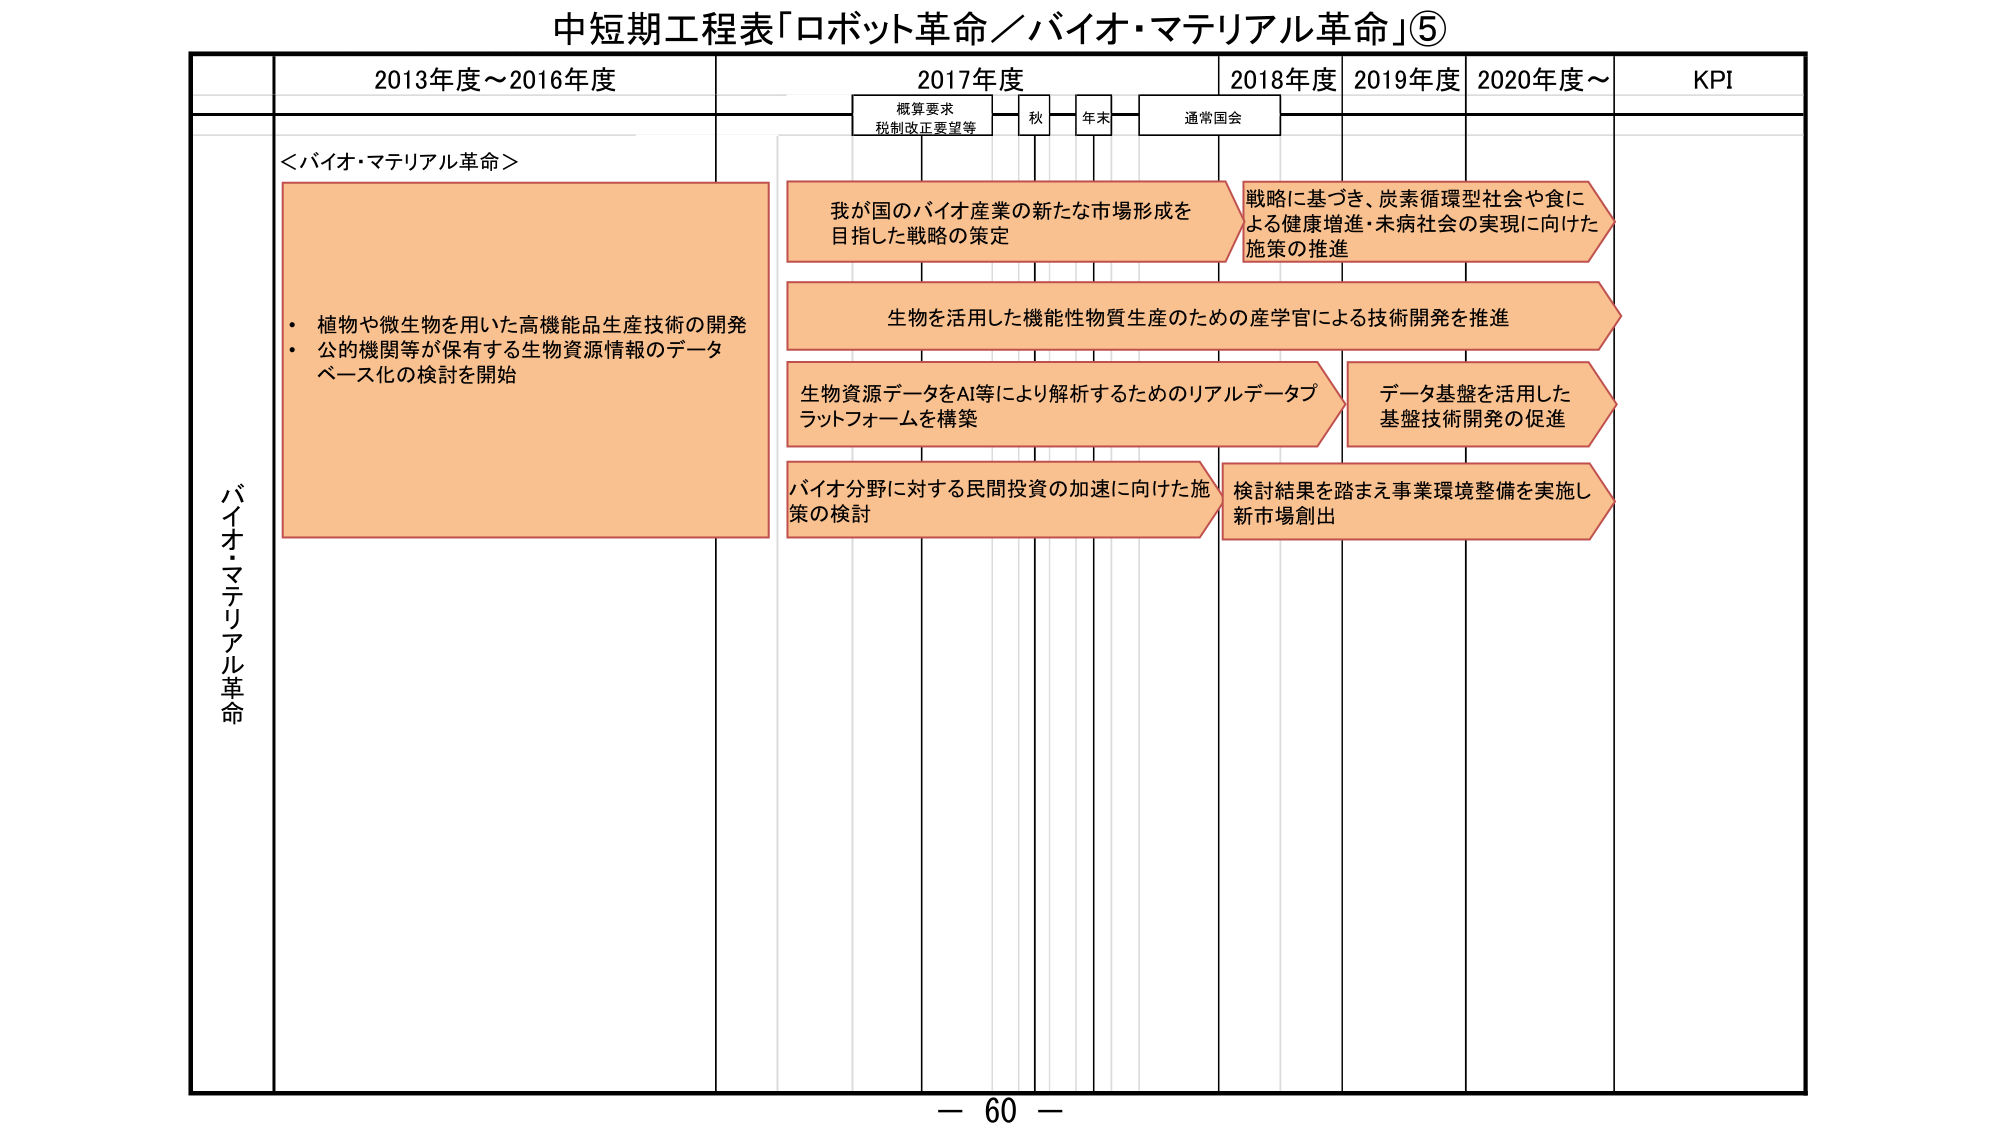
中短期工程表「ロボット革命／バイオ・マテリアル革命」⑤

2013年度～2016年度
2017年度
2018年度
2019年度
2020年度～
KPI

概算要求
税制改正要望等
秋
年末
通常国会

バイオ・マテリアル革命

＜バイオ・マテリアル革命＞

・植物や微生物を用いた高機能品生産技術の開発
・公的機関等が保有する生物資源情報のデータベース化の検討を開始

我が国のバイオ産業の新たな市場形成を目指した戦略の策定

戦略に基づき、炭素循環型社会や食による健康増進・未病社会の実現に向けた施策の推進

生物を活用した機能性物質生産のための産学官による技術開発を推進

生物資源データをAI等により解析するためのリアルデータプラットフォームを構築

データ基盤を活用した基盤技術開発の促進

バイオ分野に対する民間投資の加速に向けた施策の検討

検討結果を踏まえ事業環境整備を実施し新市場創出

－ 60 －